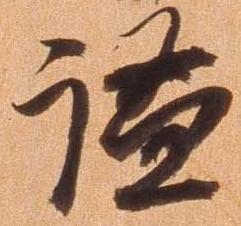
謐